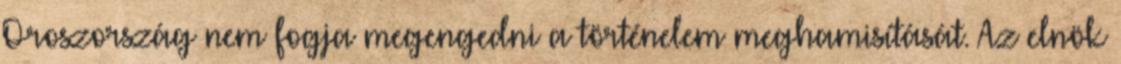
Oroszország nem fogja megengedni a történelem meghamisítását. Az elnök